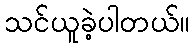
သင်ယူခဲ့ပါတယ်။